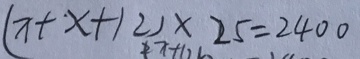
( x + x + 1 2 ) \times 2 5 = 2 4 0 0